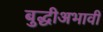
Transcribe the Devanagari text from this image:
बुद्धीअभावी